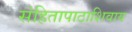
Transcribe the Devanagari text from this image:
संहितापाठाशिवाय